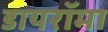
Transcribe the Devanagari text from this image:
डायरॉमा